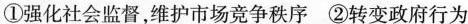
①强化社会监督，维护市场竞争秩序②转变政府行为